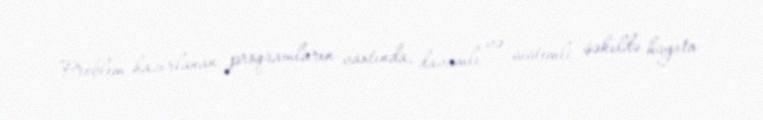
Problem hazırlanan proqramların vaxtında, davamlı və sistemli şəkildə həyata